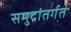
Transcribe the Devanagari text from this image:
समुद्रांतर्गत